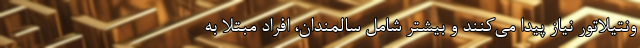
ونتیلاتور نیاز پیدا می‌کنند و بیشتر شامل سالمندان، افراد مبتلا به